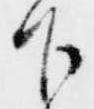
下